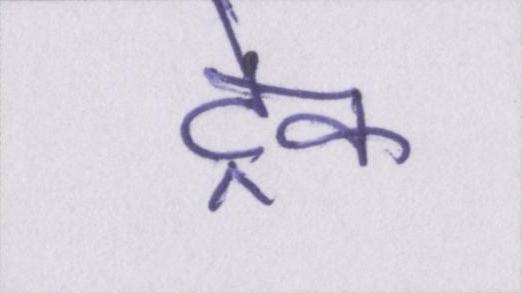
ट्रेक